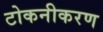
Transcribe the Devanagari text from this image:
टोकनीकरण